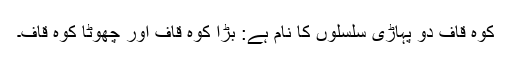
کوہ قاف دو پہاڑی سلسلوں کا نام ہے: بڑا کوہ قاف اور چھوٹا کوہ قاف۔